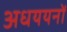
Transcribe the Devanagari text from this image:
अधययनों